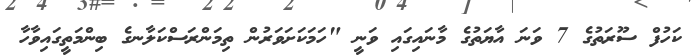
ކަހުފް ސޫރަތުގެ 7 ވަނަ އާޔަތުގެ މާނައިގައި ވަނީ "ހަމަކަށަވަރުން ތިމަންރަސްކަލާނގެ ބިންމަތީގައިވާހާ